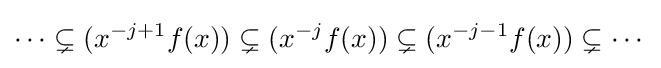
\cdots \subsetneq (x^{-j+1}f(x))\subsetneq (x^{-j}f(x))\subsetneq (x^{-j-1}f(x))\subsetneq \cdots